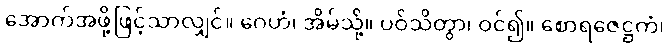
အောက်အဖို့ဖြင့်သာလျှင်။ ဂေဟံ၊ အိမ်သို့။ ပဝိသိတွာ၊ ဝင်၍။ စောရဇေဋ္ဌကံ၊